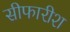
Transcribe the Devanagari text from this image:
सीफारीश